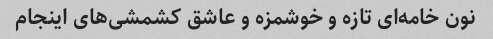
نون خامه‌ای تازه و خوشمزه و عاشق کشمشی‌های اینجام